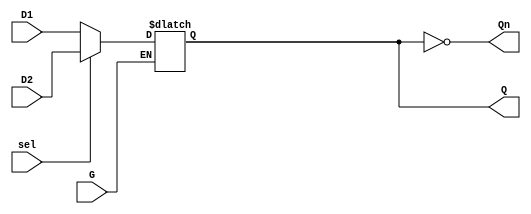
module dual_input_gated_latch (
    input wire D1,       // First Data Input
    input wire D2,       // Second Data Input
    input wire G,        // Gate Control Signal
    input wire sel,      // Selection Control Signal
    output reg Q,        // Latch Output
    output wire Qn       // Inverted Latch Output
);

// Inverted output
assign Qn = ~Q;

// Latch behavior
always @(G or D1 or D2) begin
    if (G) begin
        if (sel) begin
            Q <= D2;  // If sel is high, take D2
        end else begin
            Q <= D1;  // If sel is low, take D1
        end
    end
    // If G is low, Q retains its previous state (latching behavior)
end

endmodule